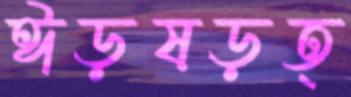
ঈড়ষড়ত্